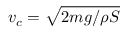
v _ { c } = \sqrt { 2 m g / \rho S }